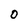
Character: 0